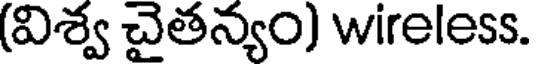
(విశ్వ చైతన్యం) wireless.